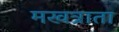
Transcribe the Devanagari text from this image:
मखत्राता